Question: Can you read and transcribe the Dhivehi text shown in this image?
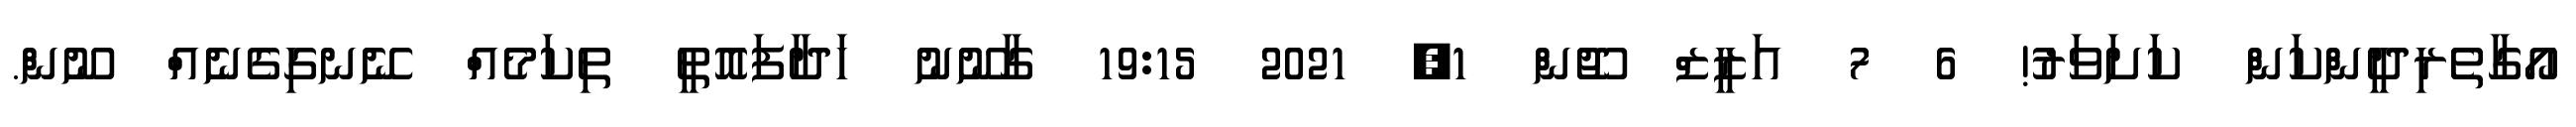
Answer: އޯގާތެރިދީންކަން ކަށަވަރު! 6 7 އަޒީޒް ޖޫން 1, 2021 19:15 ގާނޫނު ހަދާފައޮތީ ތިކަމެއް ނޭނގިގެނެއް ނޫން.